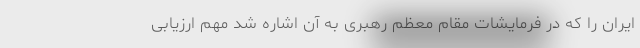
ایران را که در فرمایشات مقام معظم رهبری به آن اشاره شد مهم ارزیابی